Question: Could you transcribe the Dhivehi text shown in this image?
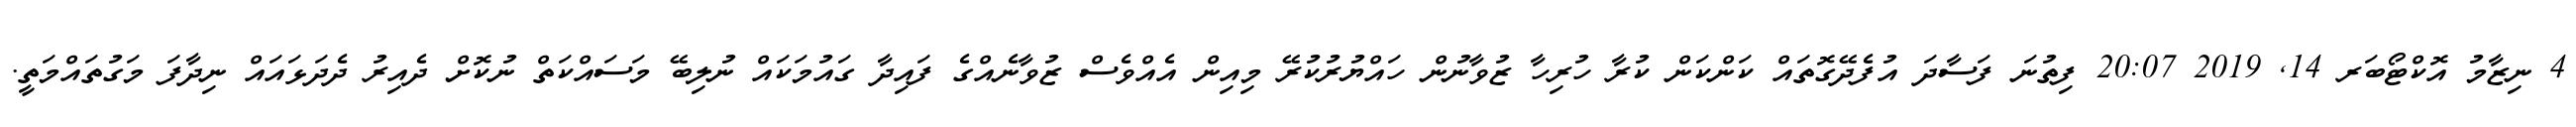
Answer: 4 ނިޒާމު އޮކްޓޯބަރ 14, 2019 20:07 ފިތުނަ ފަސާދަ އުފެދޭގޮތައް ކަންކަން ކުރާ ހުރިހާ ޒުވާނުން ހައްޔުރުކުރޭ މިއިން އެއްވެސް ޒުވާނެއްގެ ފައިދާ ގައުމަކައް ނުލިބޭ މަސައްކަތް ނުކޮށް ދެއިރު ދެދަޅައައް ނިދާފަ މަގުތައްމަތީ.